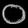
Digit: ၀